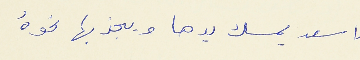
(اسعد يمسك يدها ويجذبها نحوهُ